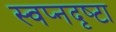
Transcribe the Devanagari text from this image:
स्‍वप्नदृष्‍टा